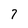
Character: 7